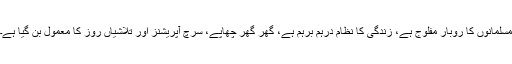
مسلمانوں کا روبار مفلوج ہے، زندگی کا نظام درہم برہم ہے، گھر گھر چھاپے، سرچ آپریشنز اور تلاشیاں روز کا معمول بن گیا ہے۔